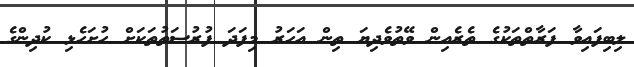
ލިބިފައިވާ ފަރާތްތަކުގެ ތެރެއިން ވޭތުވެދިޔަ ތިން އަހަރު މިފަދަ ފުރުސަތުތަކަށް ހުށަހެޅި ކުދިންގެ